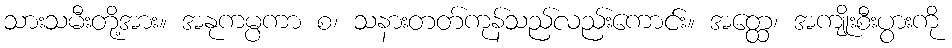
သားသမီးတို့အား။ အနုကမ္ပကာ စ၊ သနားတတ်ကုန်သည်လည်းကောင်း။ အတ္ထေ၊ အကျိုးစီးပွားကို